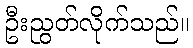
ဦးညွတ်လိုက်သည်။